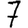
Digit: 7